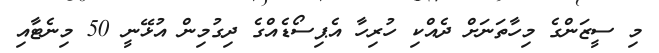
މި ސީޒަންގެ މިހާތަނަށް ދެއްކި ހުރިހާ އެޕިސޯޑެއްގެ ދިގުމިން އުޅޭނީ 50 މިނެޓާއި